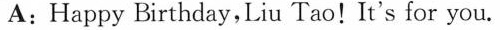
A:Happy Birthday,Liu Tao!It's for you.